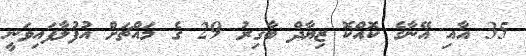
35 އާއި އޭނާގެ ކޮއްކޮ ޒިޔާދް ބާޤިރު 29 ގެ މައްޗަށް އުފުލާފައިވަނީ